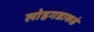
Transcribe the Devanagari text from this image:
लोहगडाकडे